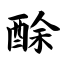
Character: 酴